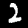
Label: 2